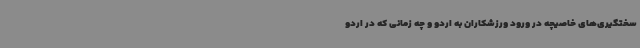
سختگیری‌های خاصیچه در ورود ورزشکاران به اردو و چه زمانی که در اردو